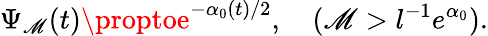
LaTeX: \Psi_{\mathscr{M}}(t)\proptoe^{-\alpha_{0}(t)/2},\quad(\mathscr{M}>l^{-1}e^{\alpha_{0}}).